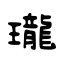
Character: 瓏